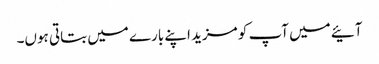
آئیے میں آپ کو مزید اپنے بارے میں بتاتی ہوں۔